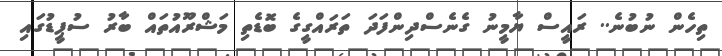
ތިހެން ނުބުނެ.. ރައީސް ޔާމީނު ގެނެސްދިންފަދަ ތަރައްގީގެ ބޮޑެތި މަޝްރޫއުތައް ބާރު ސުޕީޑުގައި